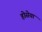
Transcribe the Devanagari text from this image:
होसेया